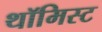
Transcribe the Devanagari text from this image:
थॉमिस्ट